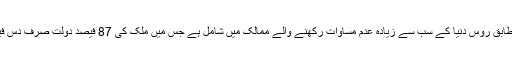
بعض اعداد و شمارات کے مطابق روس دنیا کے سب سے زیادہ عدم مساوات رکھنے والے ممالک میں شامل ہے جس میں ملک کی 87 فیصد دولت صرف دس فیصد لوگوں کے ہاتھ میں ہے۔